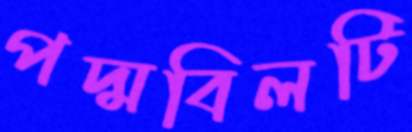
পদ্মবিলটি